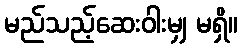
မည်သည့်ဆေးဝါးမျှ မရှိ။